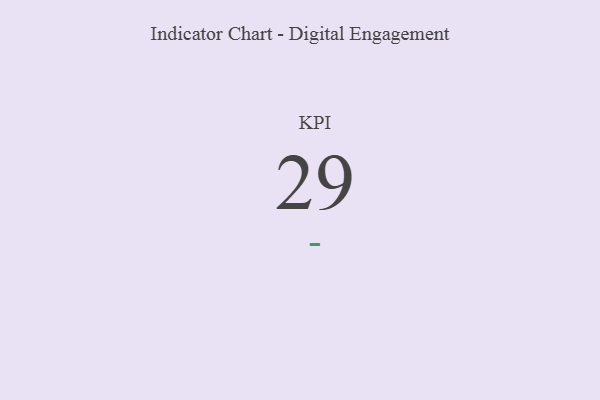
{"axis": {"x": "KPI", "y": "Value"}, "legend": [""], "data": [{"x": "KPI", "y": 29, "type": ""}]}